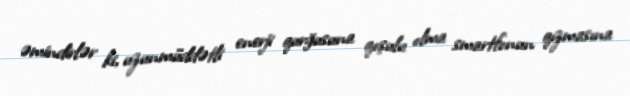
əmindirlər ki, uzunmüddətli enerji qurğusuna qoşulu olma smartfonun qızmasına